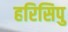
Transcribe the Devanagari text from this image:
हरिसिपु